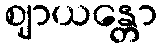
ဈာယန္တော